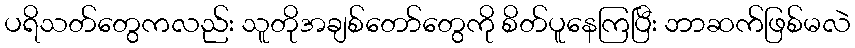
ပရိသတ်တွေကလည်း သူတိုအချစ်တော်တွေကို စိတ်ပူနေကြပြီး ဘာဆက်ဖြစ်မလဲ